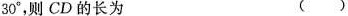
3 0 °$$，则CD的长为 ( )